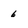
Character: 6